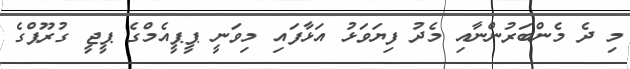
މި ދެ މެންބަރުންނާއި މެދު ފިޔަވަޅު އަޅާފައި މިވަނީ ޕީޕީއެމްގެ ޕީޖީ ގުރޫޕްގެ